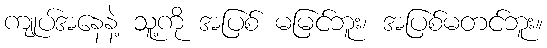
ကျုပ်အနေနဲ့ သူ့ကို အပြစ် မမြင်ဘူး၊ အပြစ်မတင်ဘူး။